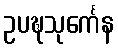
ဥပဍ္ဎသုင်္ကေန